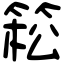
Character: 𥯆